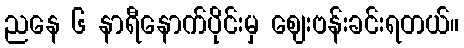
ညနေ ၆ နာရီနောက်ပိုင်းမှ ဈေးဗန်းခင်းရတယ်။